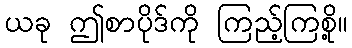
ယခု ဤစာပိုဒ်ကို ကြည့်ကြစို့။